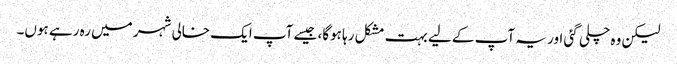
لیکن وہ چلی گئی اور یہ آپ کے لیے بہت مشکل رہا ہوگا، جیسے آپ ایک خالی شہر میں رہ رہے ہوں۔